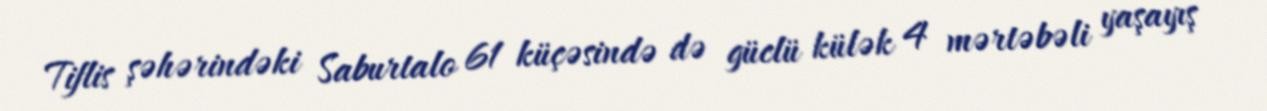
Tiflis şəhərindəki Saburtalo 61 küçəsində də güclü külək 4 mərtəbəli yaşayış